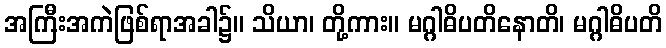
အကြီးအကဲဖြစ်ရာအခါ၌။ သိယာ၊ တို့ကား။ မဂ္ဂါဓိပတိနောတိ၊ မဂ္ဂါဓိပတိ